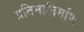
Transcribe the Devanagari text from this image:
प्रतिमानिर्माण